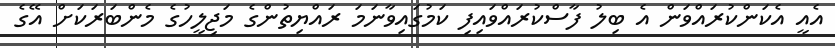
އެއީ އެކަންކުރައްވަން އެ ބިލު ފާސްކުރައްވައިފި ކަމުގައިވާނަމަ ރައްޔިތުންގެ މަޖިލީހުގެ މެންބަރަކަށް އޭގެ